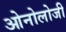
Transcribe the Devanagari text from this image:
ओनोलोजी